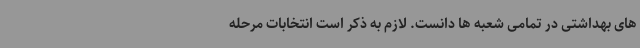
های بهداشتی در تمامی شعبه ها دانست. لازم به ذکر است انتخابات مرحله